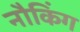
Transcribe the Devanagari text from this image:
नौकिंग